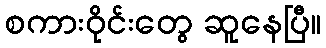
စကားဝိုင်းတွေ ဆူနေပြီ။